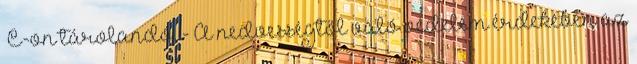
°C-on tárolandó. - A nedvességtől való védelem érdekében az